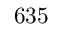
6 3 5